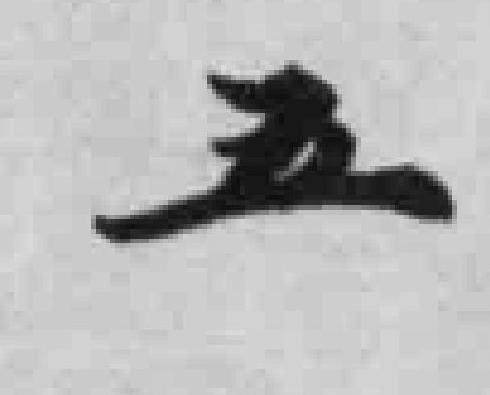
五